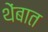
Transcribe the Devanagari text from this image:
थेंबात